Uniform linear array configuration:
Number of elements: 32
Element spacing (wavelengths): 0.25
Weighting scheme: blackman
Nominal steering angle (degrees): -30
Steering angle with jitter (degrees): -30.079
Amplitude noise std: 0.05
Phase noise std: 0.05

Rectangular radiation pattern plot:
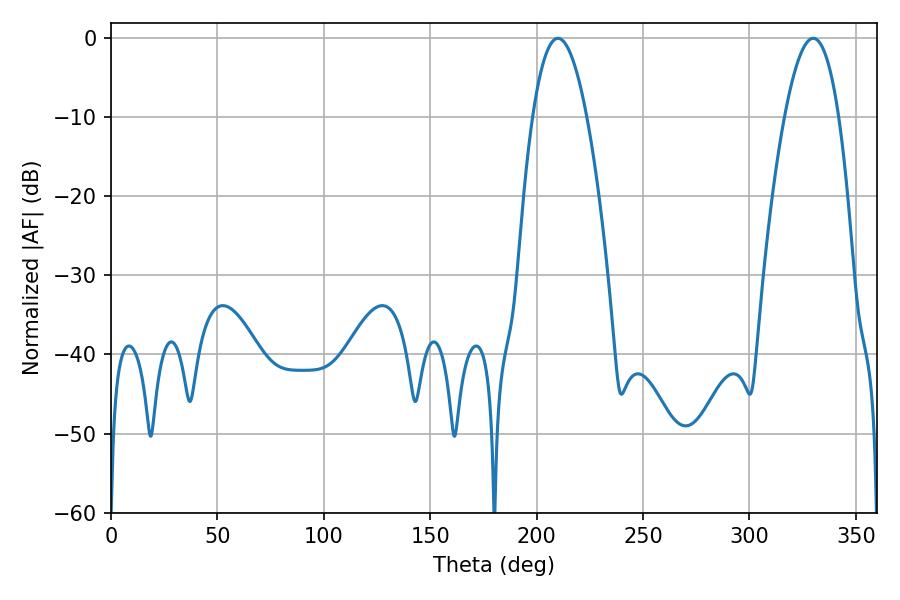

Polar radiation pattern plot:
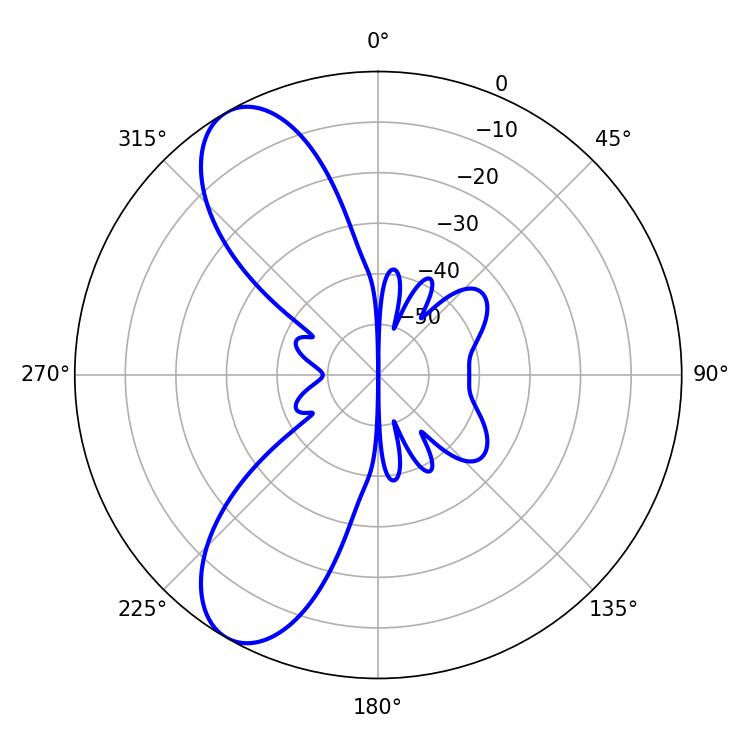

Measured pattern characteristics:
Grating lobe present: FALSE
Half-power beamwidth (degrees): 14.04
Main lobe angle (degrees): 329.94